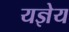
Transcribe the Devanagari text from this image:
यज्ञेय